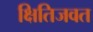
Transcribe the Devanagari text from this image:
क्षितिजवत